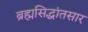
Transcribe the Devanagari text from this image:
ब्रह्मसिद्धांतसार